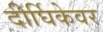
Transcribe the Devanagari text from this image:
दीर्घिकेवर